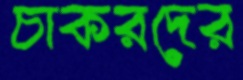
চাকরদের